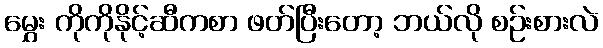
မွှေး ကိုကိုနိုင့်ဆီကစာ ဖတ်ပြီးတော့ ဘယ်လို စဉ်းစားလဲ